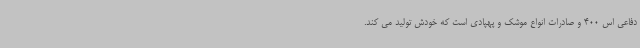
دفاعی اس 400 و صادرات انواع موشک و پهپادی است که خودش تولید می کند.